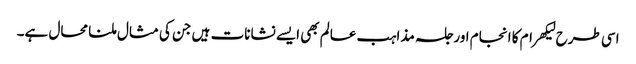
اسی طرح لیکھرام کا انجام اور جلسہ مذاہب عالم بھی ایسے نشانات ہیں جن کی مثال ملنا محال ہے۔